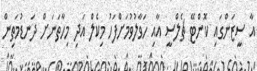
އާ ސީޒަންގައި ކޮންޓޭ ޗެލްސީ އާއި ހަވާލުވުމަށްފަހު މިކެލް އަދި މިހާތަނަށް ދަނޑުމަތިން